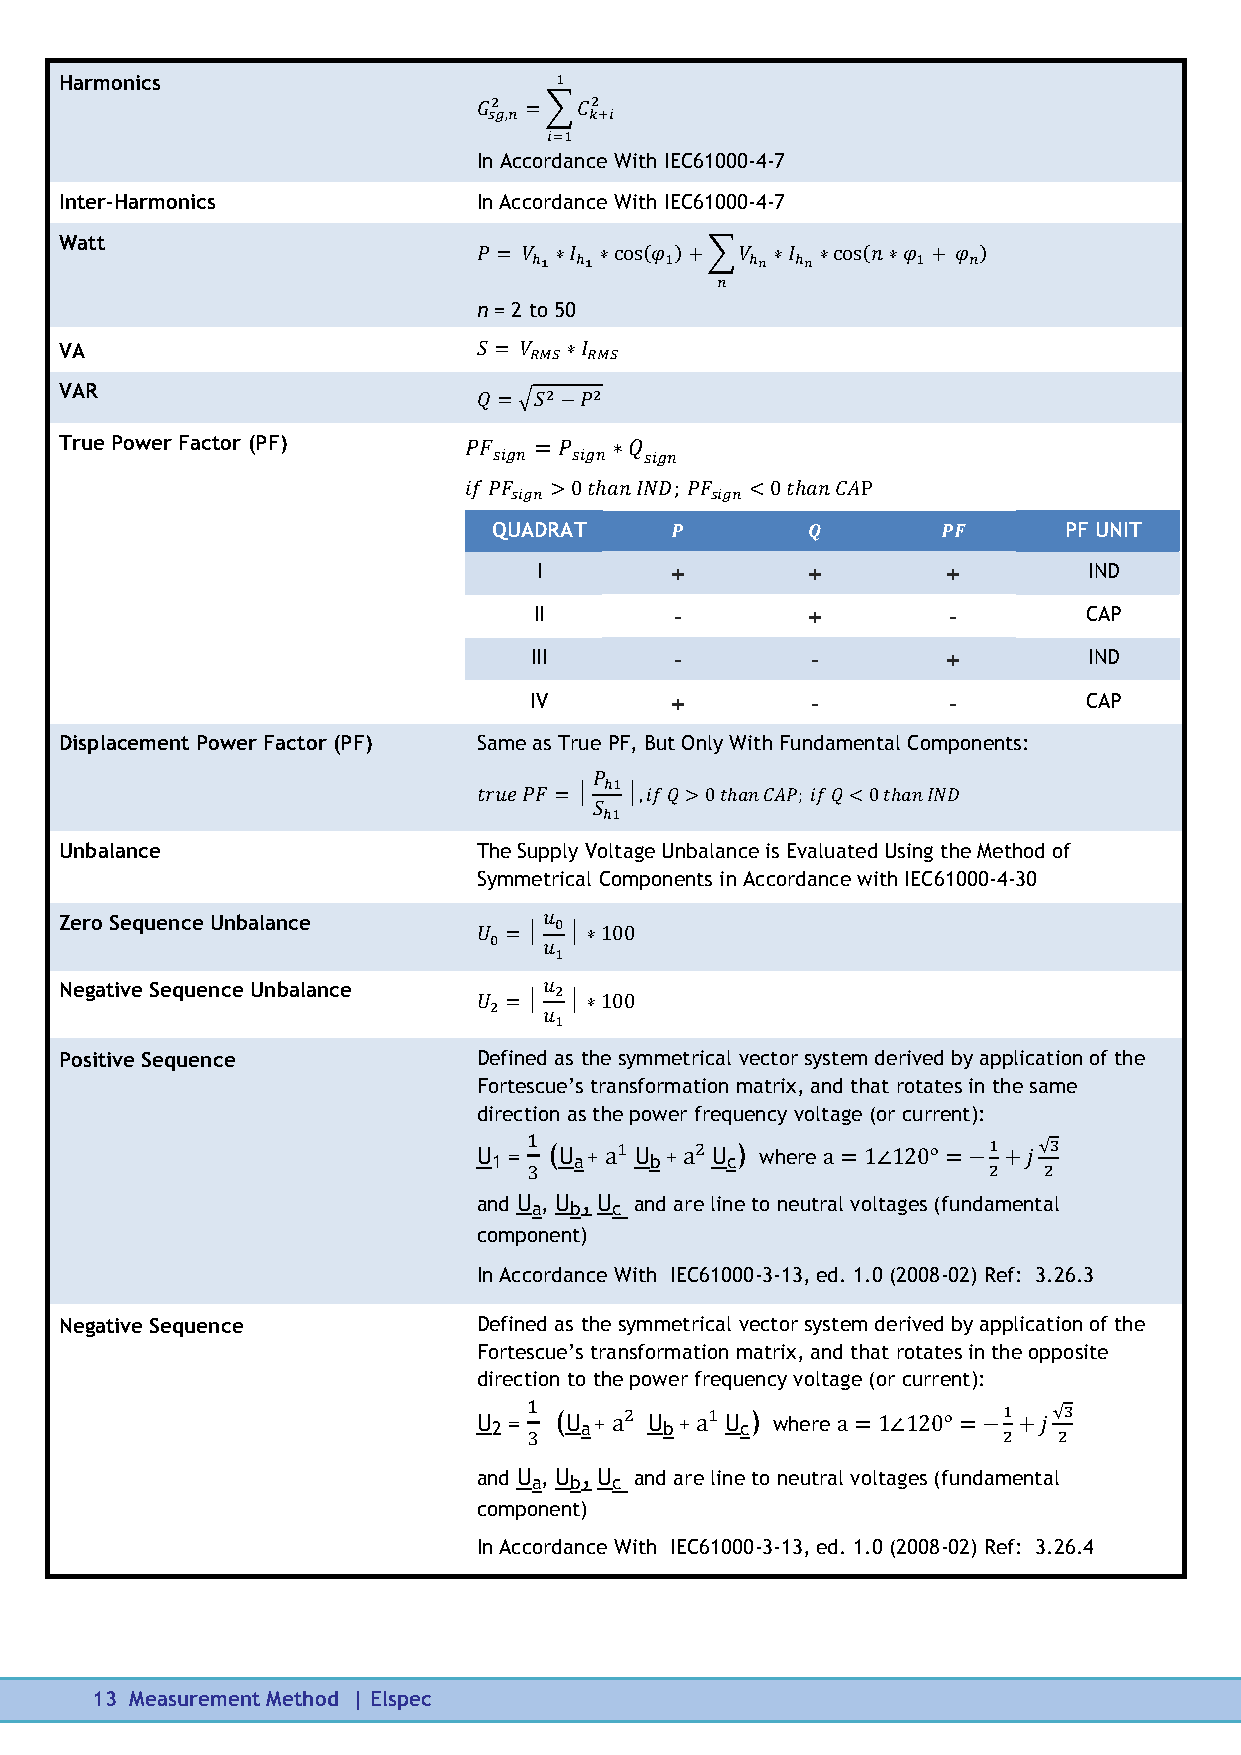
Harmonics
 In Accordance With IEC61000-4-7
 Inter-Harmonics             In Accordance With IEC61000-4-7
 Watt
 n = 2 to 50
 VA
 VAR
 True Power Factor (PF)
 QUADRAT                              PF UNIT
 I       +        +         +        IND
 II        -       +         -        CAP
 III       -        -        +        IND
 IV       +         -        -        CAP
 Displacement Power Factor (PF) Same as True PF, But Only With Fundamental Components:
 Unbalance                   The Supply Voltage Unbalance is Evaluated Using the Method of
 Symmetrical Components in Accordance with IEC61000-4-30
 Zero Sequence Unbalance
 Negative Sequence Unbalance
 Positive Sequence           Defined as the symmetrical vector system derived by application of the
 Fortescue’s transformation matrix, and that rotates in the same
 direction as the power frequency voltage (or current):
 U 1 = (U a + U b + U c) where
 and U a, U b, U c and are line to neutral voltages (fundamental
 component)
 In Accordance With IEC61000-3-13, ed. 1.0 (2008-02) Ref: 3.26.3
 Negative Sequence           Defined as the symmetrical vector system derived by application of the
 Fortescue’s transformation matrix, and that rotates in the opposite
 direction to the power frequency voltage (or current):
 U 2 = (U a + U b + U c) where
 and U a, U b, U c and are line to neutral voltages (fundamental
 component)
 In Accordance With IEC61000-3-13, ed. 1.0 (2008-02) Ref: 3.26.4
 13 Measurement Method | Elspec